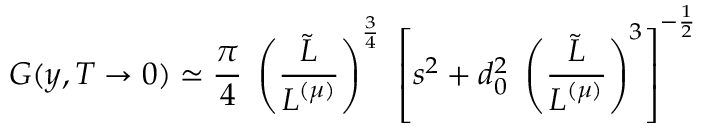
G ( y , T \to 0 ) \simeq { \frac { \pi } { 4 } } \; \left( { \frac { \tilde { L } } { L ^ { ( \mu ) } } } \right) ^ { \frac { 3 } { 4 } } ~ \left[ s ^ { 2 } + d _ { 0 } ^ { 2 } ~ \left( { \frac { \tilde { L } } { L ^ { ( \mu ) } } } \right) ^ { 3 } \right] ^ { - { \frac { 1 } { 2 } } }